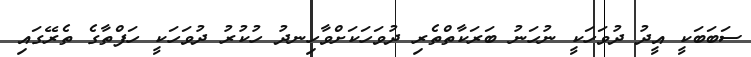
ސަބަބަކީ އީދު ދުވަހަކީ ނުހަނު ބަރަކާތްތެރި ދުވަހަކަށްވާހިނދު ހުކުރު ދުވަހަކީ ހަފްތާގެ ތެރޭގައި